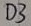
Text: D3